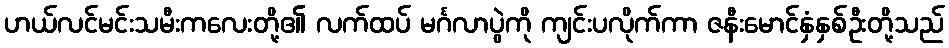
ဟယ်လင်မင်းသမီးကလေးတို့၏ လက်ထပ် မင်္ဂလာပွဲကို ကျင်းပလိုက်ကာ ဇနီးမောင်နှံနှစ်ဦးတို့သည်